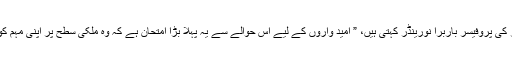
"دی ایمپرفیکٹ پرائمری” نامی کتاب کی مصنفہ اور یونیورسٹی آف ایریزونا میں حکومتی امور کی پروفیسر باربرا نورینڈر کہتی ہیں، ” امید واروں کے لیے اس حوالے سے یہ پہلا بڑا امتحان ہے کہ وہ ملکی سطح پر اپنی مہم کو کیسے چلاتے ہیں اور یہ بھی ظاہر کرے گا کہ آیا انہیں ملک گیر حمایت حاصل ہے کہ نہیں۔